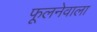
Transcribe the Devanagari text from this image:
फूलनेवाला